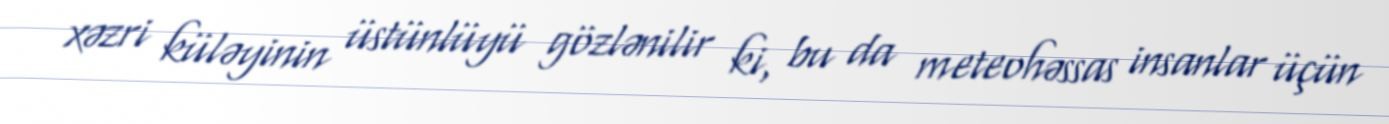
xəzri küləyinin üstünlüyü gözlənilir ki, bu da meteohəssas insanlar üçün